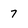
Character: 7